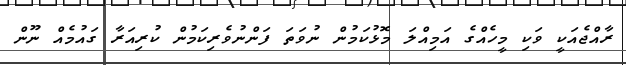
ރާއްޖެއަކީ ވަކި މީހެއްގެ އަމިއްލަ މޮޅުކަމުން ނުވަތަ ފަންނުވެރިކަމުން ކުރިއަރާ ގައުމެއް ނޫން